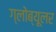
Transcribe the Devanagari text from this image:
ग्लोब्यूलर